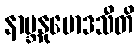
နာဗ္ဘနုမောဒသီတိ